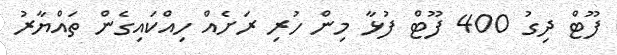
ފޫޓް ދިގު 400 ފޫޓް ފުޅާ މިން ހުރި ރަށެއް ހިއްކައިގެން ތައްޔާރު